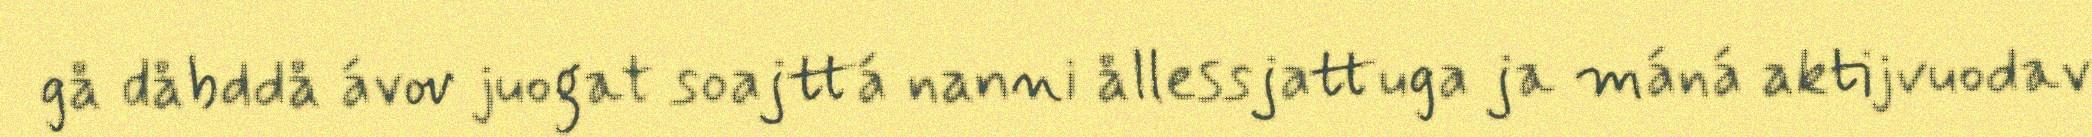
gå dåbddå ávov juogat soajttá nanni ållessjattuga ja máná aktijvuodav